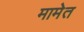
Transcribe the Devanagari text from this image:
मामेत